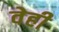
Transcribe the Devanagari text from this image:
वेही